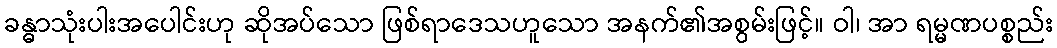
ခန္ဓာသုံးပါးအပေါင်းဟု ဆိုအပ်သော ဖြစ်ရာဒေသဟူသော အနက်၏အစွမ်းဖြင့်။ ဝါ၊ အာ ရမ္မဏပစ္စည်း